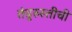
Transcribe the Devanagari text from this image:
तंदुरुस्तीची